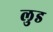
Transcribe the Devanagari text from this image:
लुड